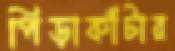
পিড়াকাঁটার